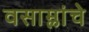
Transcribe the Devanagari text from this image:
वसाम्लांचे